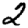
Digit: 2